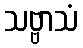
သဗ္ဗာသံ